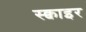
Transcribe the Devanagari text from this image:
स्क्वाइर